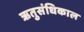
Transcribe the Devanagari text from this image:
ऋतुसंधिकाल